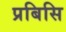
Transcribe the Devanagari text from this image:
प्रबिसि